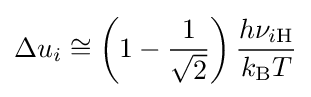
\Delta u_{i}\cong \left(1-{\frac {1}{\sqrt {2}}}\right){\frac {h\nu _{i\mathrm {H} }}{k_{\mathrm {B} }T}}